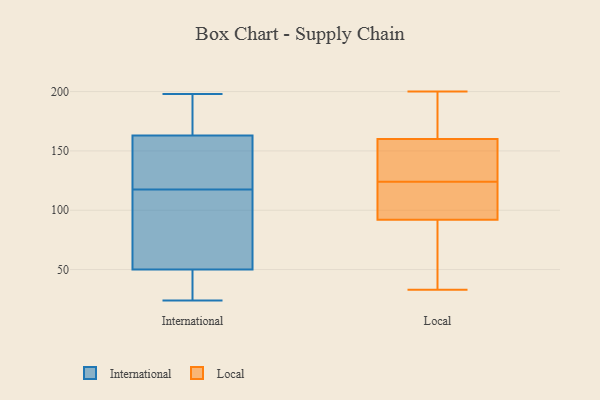
{"axis": {"x": "Website Visitors", "y": "Value"}, "legend": ["International", "Local"], "data": [{"x": "", "y": 70, "type": "International"}, {"x": "", "y": 36, "type": "International"}, {"x": "", "y": 163, "type": "International"}, {"x": "", "y": 50, "type": "International"}, {"x": "", "y": 198, "type": "International"}, {"x": "", "y": 103, "type": "International"}, {"x": "", "y": 24, "type": "International"}, {"x": "", "y": 132, "type": "International"}, {"x": "", "y": 148, "type": "International"}, {"x": "", "y": 164, "type": "International"}, {"x": "", "y": 160, "type": "Local"}, {"x": "", "y": 92, "type": "Local"}, {"x": "", "y": 76, "type": "Local"}, {"x": "", "y": 105, "type": "Local"}, {"x": "", "y": 159, "type": "Local"}, {"x": "", "y": 156, "type": "Local"}, {"x": "", "y": 38, "type": "Local"}, {"x": "", "y": 33, "type": "Local"}, {"x": "", "y": 173, "type": "Local"}, {"x": "", "y": 123, "type": "Local"}, {"x": "", "y": 45, "type": "Local"}, {"x": "", "y": 152, "type": "Local"}, {"x": "", "y": 96, "type": "Local"}, {"x": "", "y": 200, "type": "Local"}, {"x": "", "y": 186, "type": "Local"}, {"x": "", "y": 125, "type": "Local"}, {"x": "", "y": 194, "type": "Local"}, {"x": "", "y": 104, "type": "Local"}]}